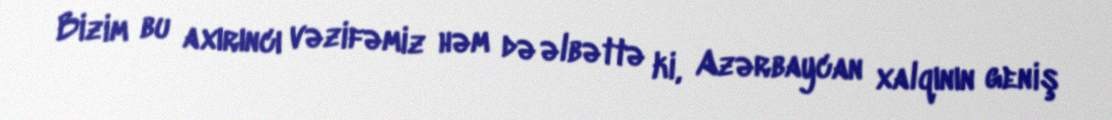
Bizim bu axırıncı vəzifəmiz həm də əlbəttə ki, Azərbaycan xalqının geniş